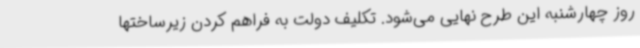
روز چهارشنبه این طرح نهایی می‌شود. تکلیف دولت به فراهم کردن زیرساختها